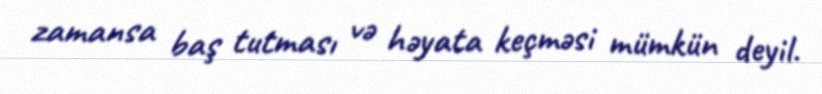
zamansa baş tutması və həyata keçməsi mümkün deyil.